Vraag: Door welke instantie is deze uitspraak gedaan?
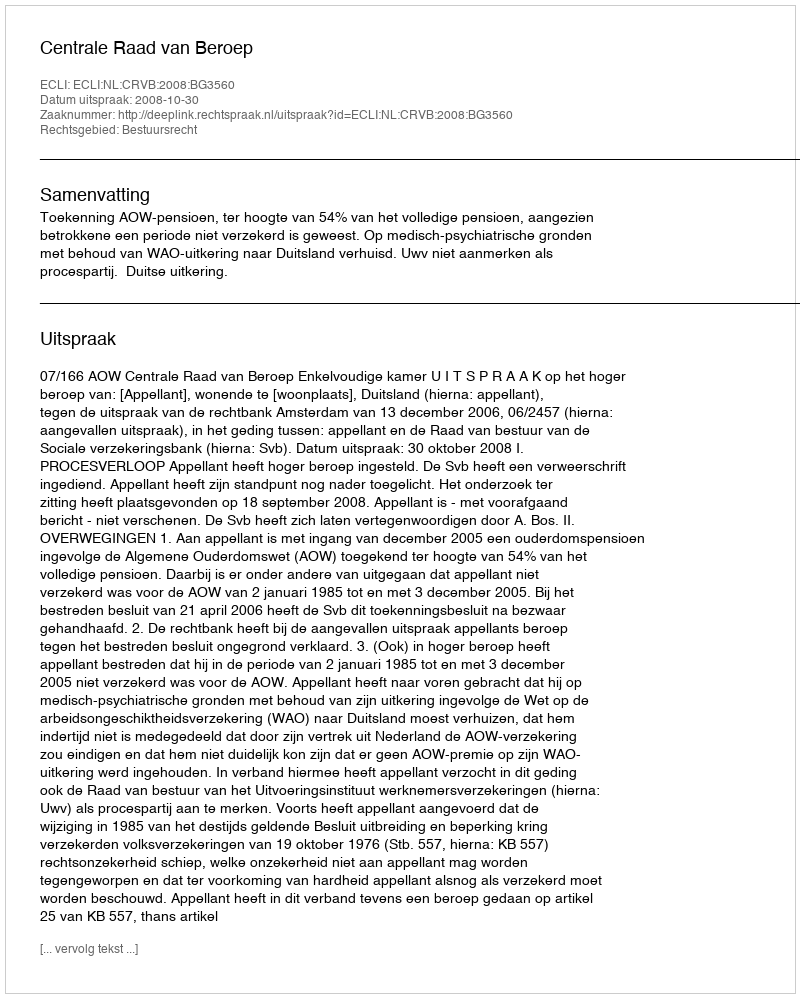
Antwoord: Centrale Raad van Beroep